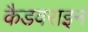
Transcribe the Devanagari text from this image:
कैडवराइन